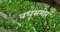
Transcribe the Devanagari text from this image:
वधूसमोर